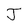
Character: J